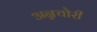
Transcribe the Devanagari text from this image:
अन्नचोरी